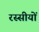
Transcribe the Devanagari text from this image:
रस्सीयों